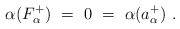
\begin{align*} \alpha(F_\alpha^+)~=~0~=~\alpha(a_\alpha^+)~.\end{align*}